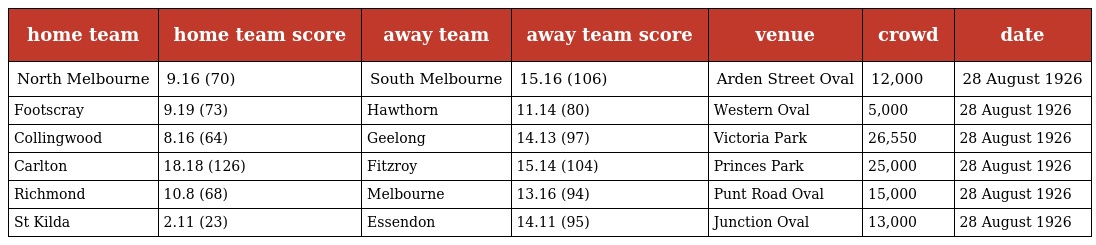
| home team | home team score | away team | away team score | venue | crowd | date |
 | --- | --- | --- | --- | --- | --- | --- |
 | North Melbourne | 9.16 (70) | South Melbourne | 15.16 (106) | Arden Street Oval | 12,000 | 28 August 1926 |
 | Footscray | 9.19 (73) | Hawthorn | 11.14 (80) | Western Oval | 5,000 | 28 August 1926 |
 | Collingwood | 8.16 (64) | Geelong | 14.13 (97) | Victoria Park | 26,550 | 28 August 1926 |
 | Carlton | 18.18 (126) | Fitzroy | 15.14 (104) | Princes Park | 25,000 | 28 August 1926 |
 | Richmond | 10.8 (68) | Melbourne | 13.16 (94) | Punt Road Oval | 15,000 | 28 August 1926 |
 | St Kilda | 2.11 (23) | Essendon | 14.11 (95) | Junction Oval | 13,000 | 28 August 1926 |